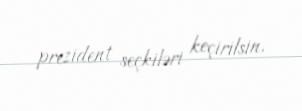
prezident seçkiləri keçirilsin.